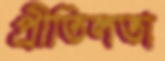
প্রীতিলতা